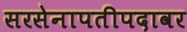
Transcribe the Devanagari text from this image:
सरसेनापतीपदावर